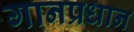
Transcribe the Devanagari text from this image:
गानप्रधान